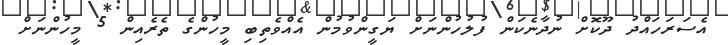
އެސަރަހައްދު ދޫކޮށް ނުދާނެކަން ފުލުހުންނަށް ޔަގީންވުމުން އެއްވެތިބި މީހުންގެ ތެރެއިން 5 މީހުންނަށް